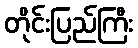
တိုင်းပြည်ကြီး